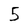
Character: 5